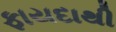
ફાયદાથી